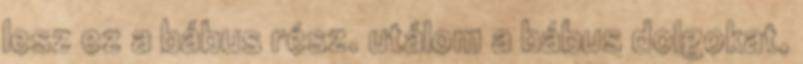
lesz ez a bábus rész. utálom a bábus dolgokat,